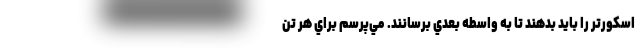
اسكورتر را بايد بدهند تا به واسطه بعدي برسانند. مي‌پرسم براي هر تن